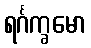
ရင်္ဂက္ခမော